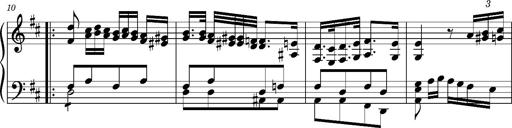
Title: Ungarischer Romanzero
Composer: Franz Liszt